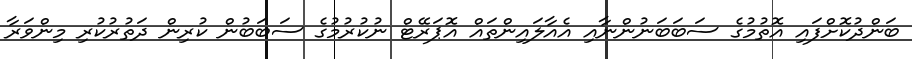
ބަންދުކޮށްފައި އޮތުމުގެ ސަބަބަނުންނާއި އެއާލައިންތައް އޮޕަރޭޓް ނުކުރުމުގެ ސަބަބުން ކުރިން ދަތުރުކުރި މިންވަރާ